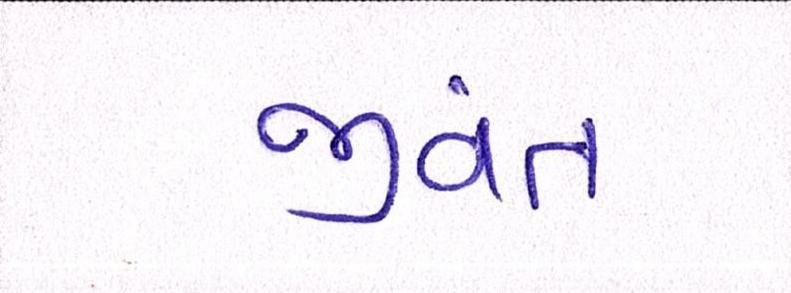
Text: જીવંત